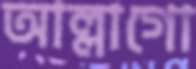
আল্লাগো